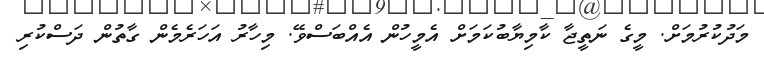
މަދުކުރުމަށް. މީގެ ނަތީޖާ ކާމިޔާބުކަމަށް އެމީހުން އެއްބަސްވޭ. މިހާރު އަހަރެމެން ގާތުން ދަސްކުރި